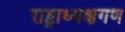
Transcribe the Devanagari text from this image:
राष्ट्राध्यक्षगण